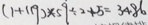
( 1 + 1 1 9 ) \times 5 9 \div 2 + 5 = 3 4 8 6